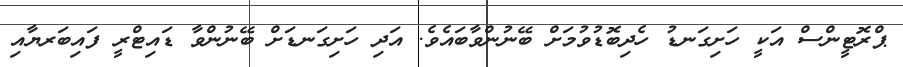
ޕްރޮޓީންސް އަކީ ހަށިގަނޑު ހެދިބޮޑުވުމަށް ބޭނުންވާބައެވެ. އަދި ހަށިގަނޑަށް ބޭނުންވާ ޑައިޓްރީ ފައިބަރޔާއި